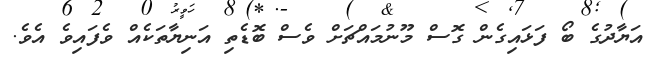
އަޔާދުގެ ބޯ ފަޅައިގެން ގޮސް މޫނުމައްޗަށް ވެސް ބޮޑެތި އަނިޔާތަކެއް ވެފައިވެ އެވެ.